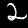
Digit: 2